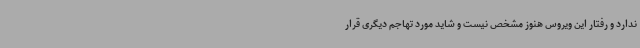
ندارد و رفتار این ویروس هنوز مشخص نیست و شاید مورد تهاجم دیگری قرار